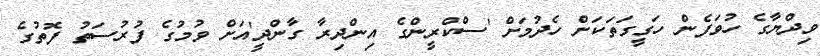
ވިދްޔާގެ ހުވަފެން ހަގީގަތަކަށް ހެދުމަށް 'ސްކްރީންގެ އިންދިރާ ގާންދީ'އަށް ވުމުގެ ފުރުސަތު ފޮތުގެ